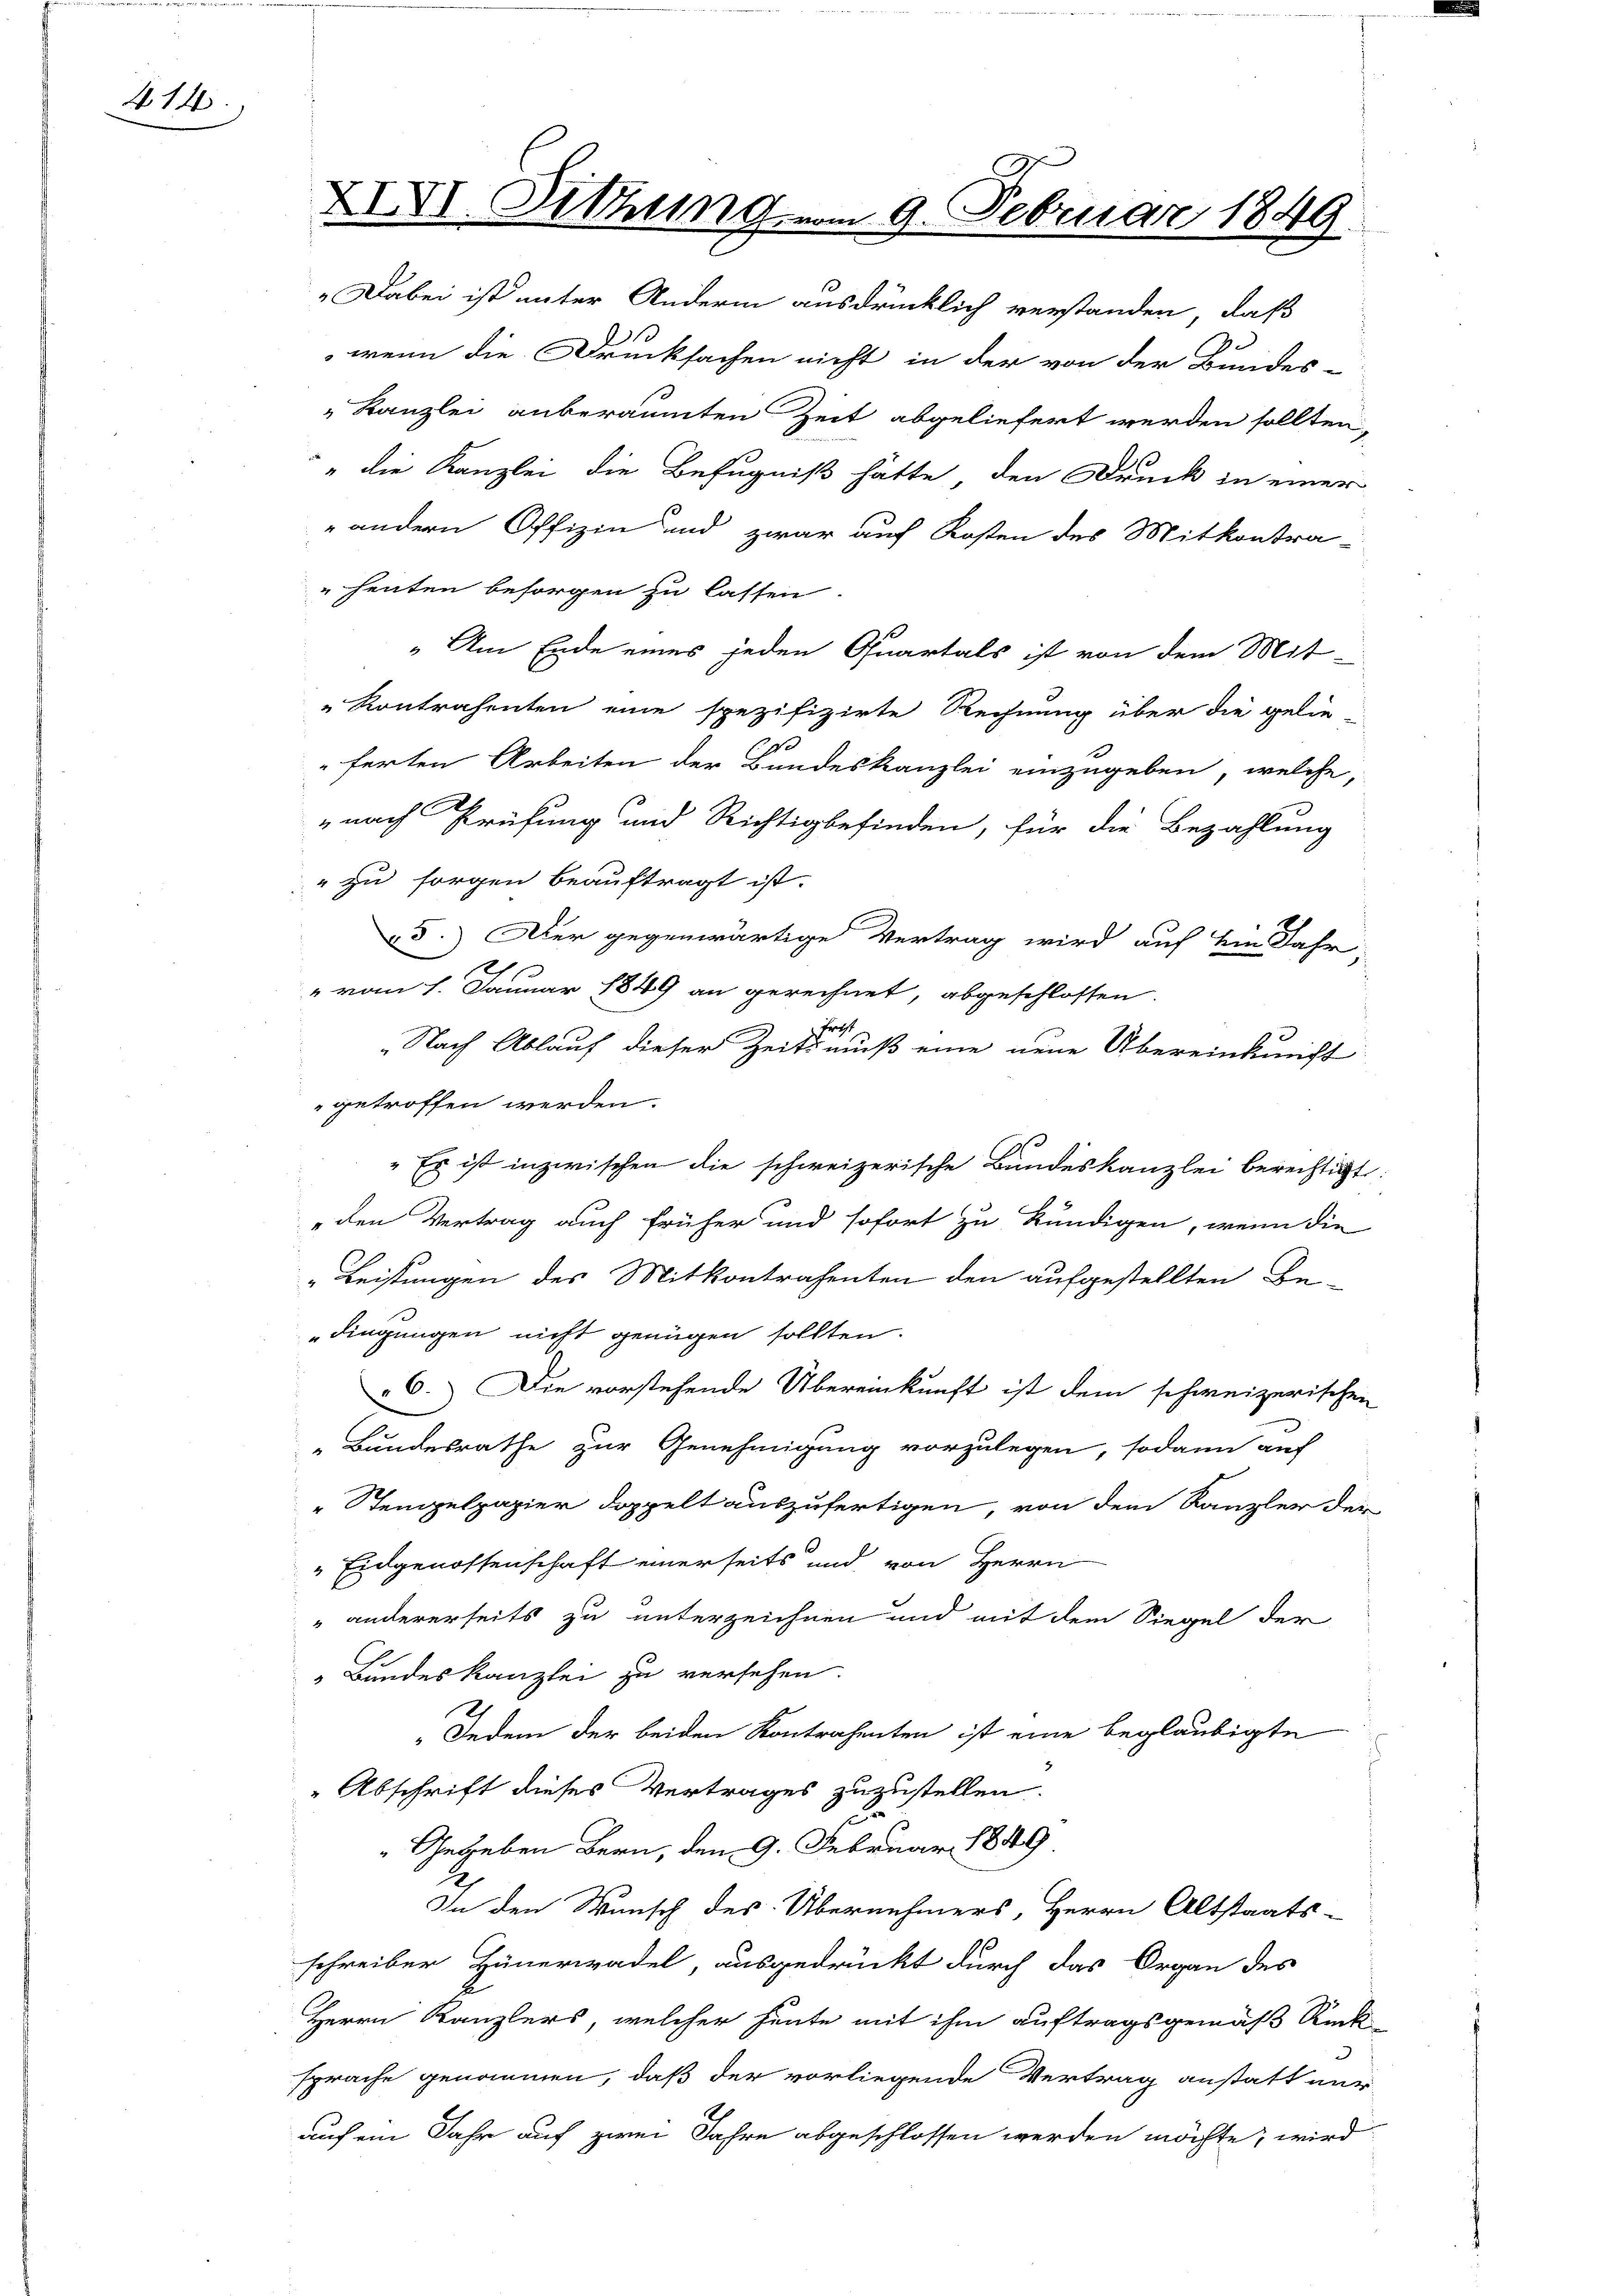
414.

XIXVI. Sitzung

„Dabei ist unter Andern ausdrücklich verstanden, daß
wenn die Drucksachen nicht in der von der Bundes-
" Kanzlei anberaumten Zeit abgeliefert werden sollten,
" die Kanzlei die Befugniß hätte, den Druck in einer
 andern Offizin und zwar auf Kosten des Mitkontra-
" heuten besorgen zu lassen.
„Am Ende eines jeden Quartals ist von dem Mit-
"Kontrahenten eine spezifizirte Rechnung über die gelie-
ferten Arbeiten der Bundeskanzlei einzugeben, welche,
nach Prüfung und Richtigbefinden, für die Bezahlung
" zu sorgen beauftragt ist.
45.) Der gegenwärtige Vertrag wird auf dem Jahr,
" vom 1. Januar 1849 an gerechnet, abgeschlossen.
frost
"Nach Ablauf dieser Zeits muß eine neue Übereinkunft
getroffen werden.
" Es ist inzwischen die schweizerische Bundeskanzlei berechtigt:
„den Vertrag auch früher und sofort zu kündigen, wenn die
Leistungen des Mitkontrahenten den aufgestellten Be-
dingungen nicht genügen sollten.
C. Die vorstehende Übereinkunft ist dem schweizerischen
„Bundesrathe zur Genehmigung vorzulegen, sodann auf
Stempelpapier doppelt auszufertigen, von dem Kanzler der
" Eidgenossenschaft einerseits und von Herrn
" andererseits zu unterzeichnen und mit dem Siegel der
" Bundeskanzlei zu versehen
„Jedem der beiden Kontrahenten ist eine beglaubigte
" Abschrift dieses Vertrages zuzustellen.
Gegeben Bern, den 9. Februar 1849
In den Wunsch des Übernehmers, Herrn Altstaats-
schreiber Häuerwadel, ausgedrückt durch das Organ des
Herrn Kanzlers, welcher heute mit ihm auftragsgemäß Rück
sprache genommen, daß der vorliegende Vertrag anstatt nur
auf ein Jahr auf zwei Jahre abgeschlossen werden möchte, wird

19. Februar 18

.